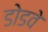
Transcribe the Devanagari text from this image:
डोडवे